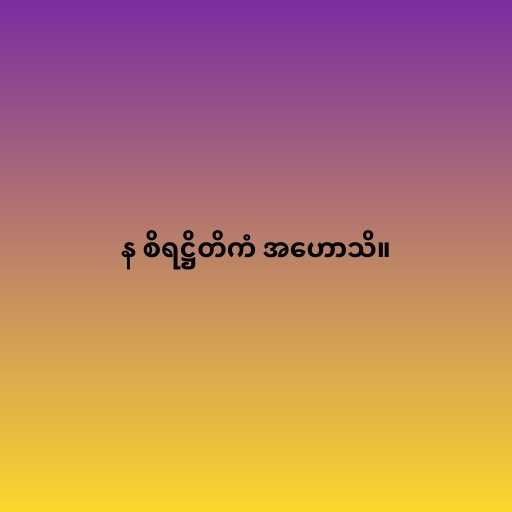
န စိရဋ္ဌိတိကံ အဟောသိ။